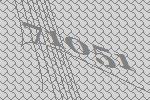
71051